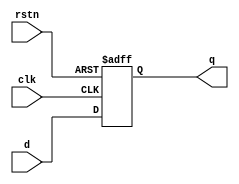
`timescale 1ns / 1ps
//////////////////////////////////////////////////////////////////////////////////
// Company: 
// Engineer: 
// 
// Design Name: 
// Module Name: D_FF_Asynch
// Project Name: 
// Target Devices: 
// Tool Versions: 
// Description: 
// 
// Dependencies: 
// 
// Revision:
// Revision 0.01 - File Created
// Additional Comments:
// 
//////////////////////////////////////////////////////////////////////////////////


`timescale 1ns / 1ps
//////////////////////////////////////////////////////////////////////////////////
// Company: 
// Engineer: 
// 
// Design Name: 
// Module Name: D_FF_Async
// Project Name: 
// Target Devices: 
// Tool Versions: 
// Description: 
// 
// Dependencies: 
// 
// Revision:
// Revision 0.01 - File Created
// Additional Comments:
// 
//////////////////////////////////////////////////////////////////////////////////


module D_FF_Asynch(input d,
input rstn,
input clk,
output reg q);

always @ (posedge clk or negedge rstn)
    if(!rstn)
        q<=0;
    else
        q<=d;

endmodule